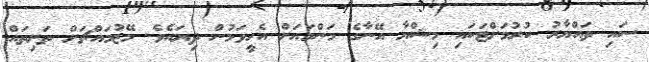
ސައި ތައްޔާރު ކުރުމަށްޓަކައި މިޝްޔާ އޭނާގެ މަންމައަށް އެހީވަމުން ދިޔައެވެ. މޭޒުމައްޗަށް ތަށިތައް